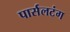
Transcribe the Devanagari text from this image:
पार्सलटंग